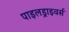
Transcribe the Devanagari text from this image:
पाइलड्राइवर्स